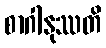
စာဂါနုဿတိ